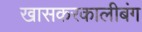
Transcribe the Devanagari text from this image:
खासकरकालीबंग